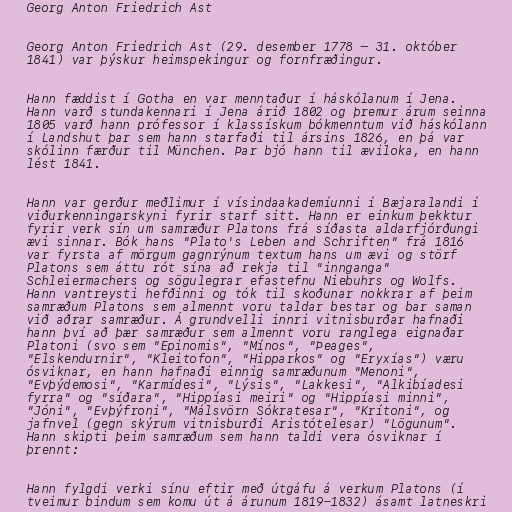
Georg Anton Friedrich Ast

Georg Anton Friedrich Ast (29. desember 1778 – 31. október
1841) var þýskur heimspekingur og fornfræðingur.

Hann fæddist í Gotha en var menntaður í háskólanum í Jena.
Hann varð stundakennari í Jena árið 1802 og þremur árum seinna
1805 varð hann prófessor í klassískum bókmenntum við háskólann
í Landshut þar sem hann starfaði til ársins 1826, en þá var
skólinn færður til München. Þar bjó hann til æviloka, en hann
lést 1841.

Hann var gerður meðlimur í vísindaakademíunni í Bæjaralandi í
viðurkenningarskyni fyrir starf sitt. Hann er einkum þekktur
fyrir verk sín um samræður Platons frá síðasta aldarfjórðungi
ævi sinnar. Bók hans "Plato's Leben and Schriften" frá 1816
var fyrsta af mörgum gagnrýnum textum hans um ævi og störf
Platons sem áttu rót sína að rekja til "innganga"
Schleiermachers og sögulegrar efastefnu Niebuhrs og Wolfs.
Hann vantreysti hefðinni og tók til skoðunar nokkrar af þeim
samræðum Platons sem almennt voru taldar bestar og bar saman
við aðrar samræður. Á grundvelli innri vitnisburðar hafnaði
hann því að þær samræður sem almennt voru ranglega eignaðar
Platoni (svo sem "Epinomis", "Mínos", "Þeages",
"Elskendurnir", "Kleitofon", "Hipparkos" og "Eryxías") væru
ósviknar, en hann hafnaði einnig samræðunum "Menoni",
"Evþýdemosi", "Karmídesi", "Lýsis", "Lakkesi", "Alkibíadesi
fyrra" og "síðara", "Hippíasi meiri" og "Hippíasi minni",
"Jóni", "Evþýfroni", "Málsvörn Sókratesar", "Krítoni", og
jafnvel (gegn skýrum vitnisburði Aristótelesar) "Lögunum".
Hann skipti þeim samræðum sem hann taldi vera ósviknar í
þrennt:

Hann fylgdi verki sínu eftir með útgáfu á verkum Platons (í
tveimur bindum sem komu út á árunum 1819-1832) ásamt latneskri